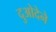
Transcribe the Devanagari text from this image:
दुओदेने